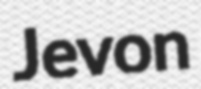
Jevon